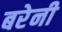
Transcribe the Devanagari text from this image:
बरेनी